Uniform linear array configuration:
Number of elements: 48
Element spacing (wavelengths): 1
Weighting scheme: blackman
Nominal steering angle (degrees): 45
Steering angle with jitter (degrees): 46.741
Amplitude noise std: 0.05
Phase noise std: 0.05

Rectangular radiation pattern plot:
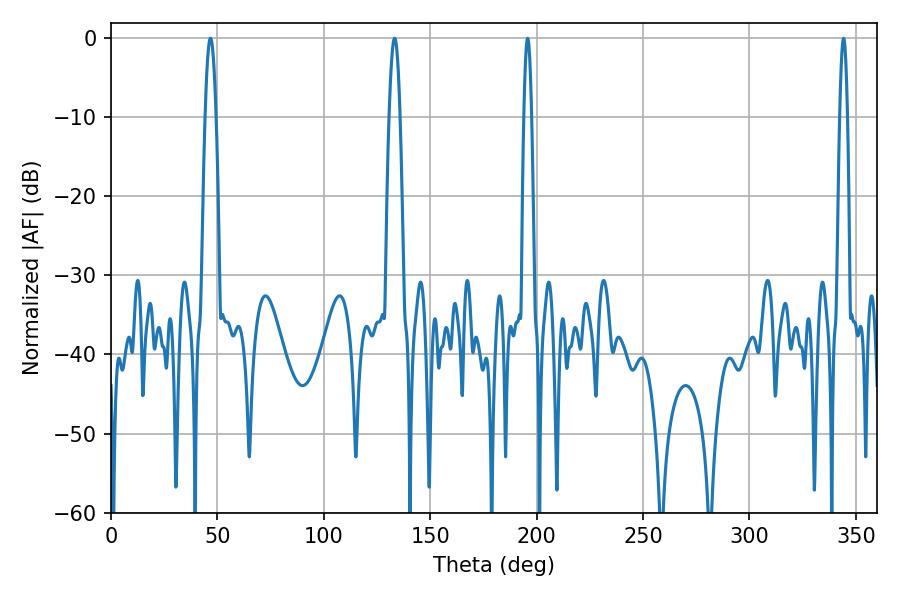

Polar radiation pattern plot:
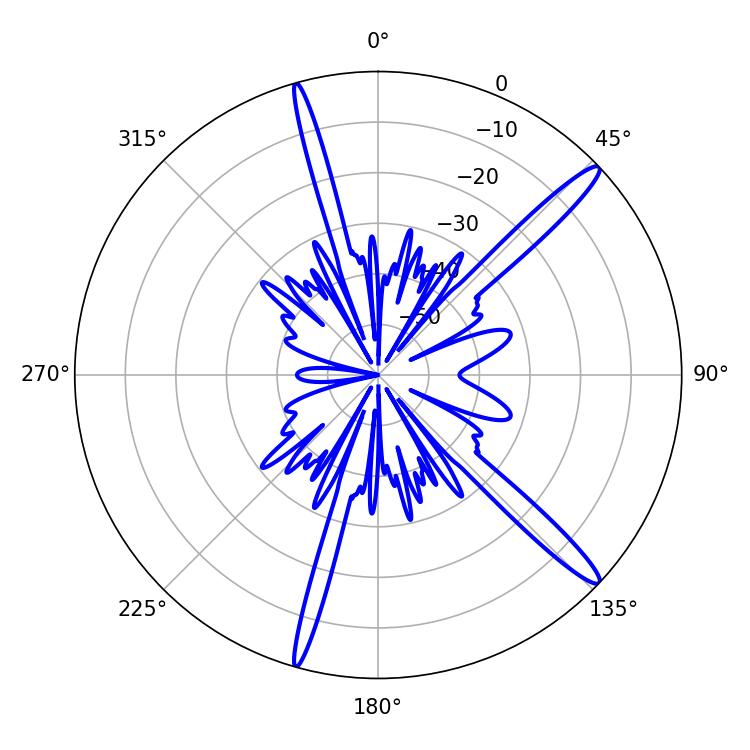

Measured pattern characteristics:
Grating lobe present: TRUE
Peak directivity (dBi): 15.39
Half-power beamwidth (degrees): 2.7
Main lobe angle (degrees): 46.8